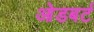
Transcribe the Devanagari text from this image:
ओडबर्ट